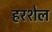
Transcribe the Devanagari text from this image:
हरशेल